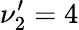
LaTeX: \nu_{2}^{\prime}=4